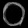
Digit: ၀